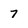
Character: 7